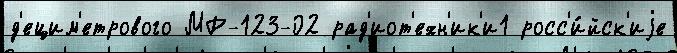
д'ецим'етрового МР-123-02 рад'иот'ехн'ик'и1 росс'и́йск'иjе